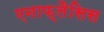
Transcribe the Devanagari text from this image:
एनाफ्लैसिस